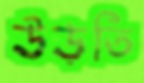
উড়তি